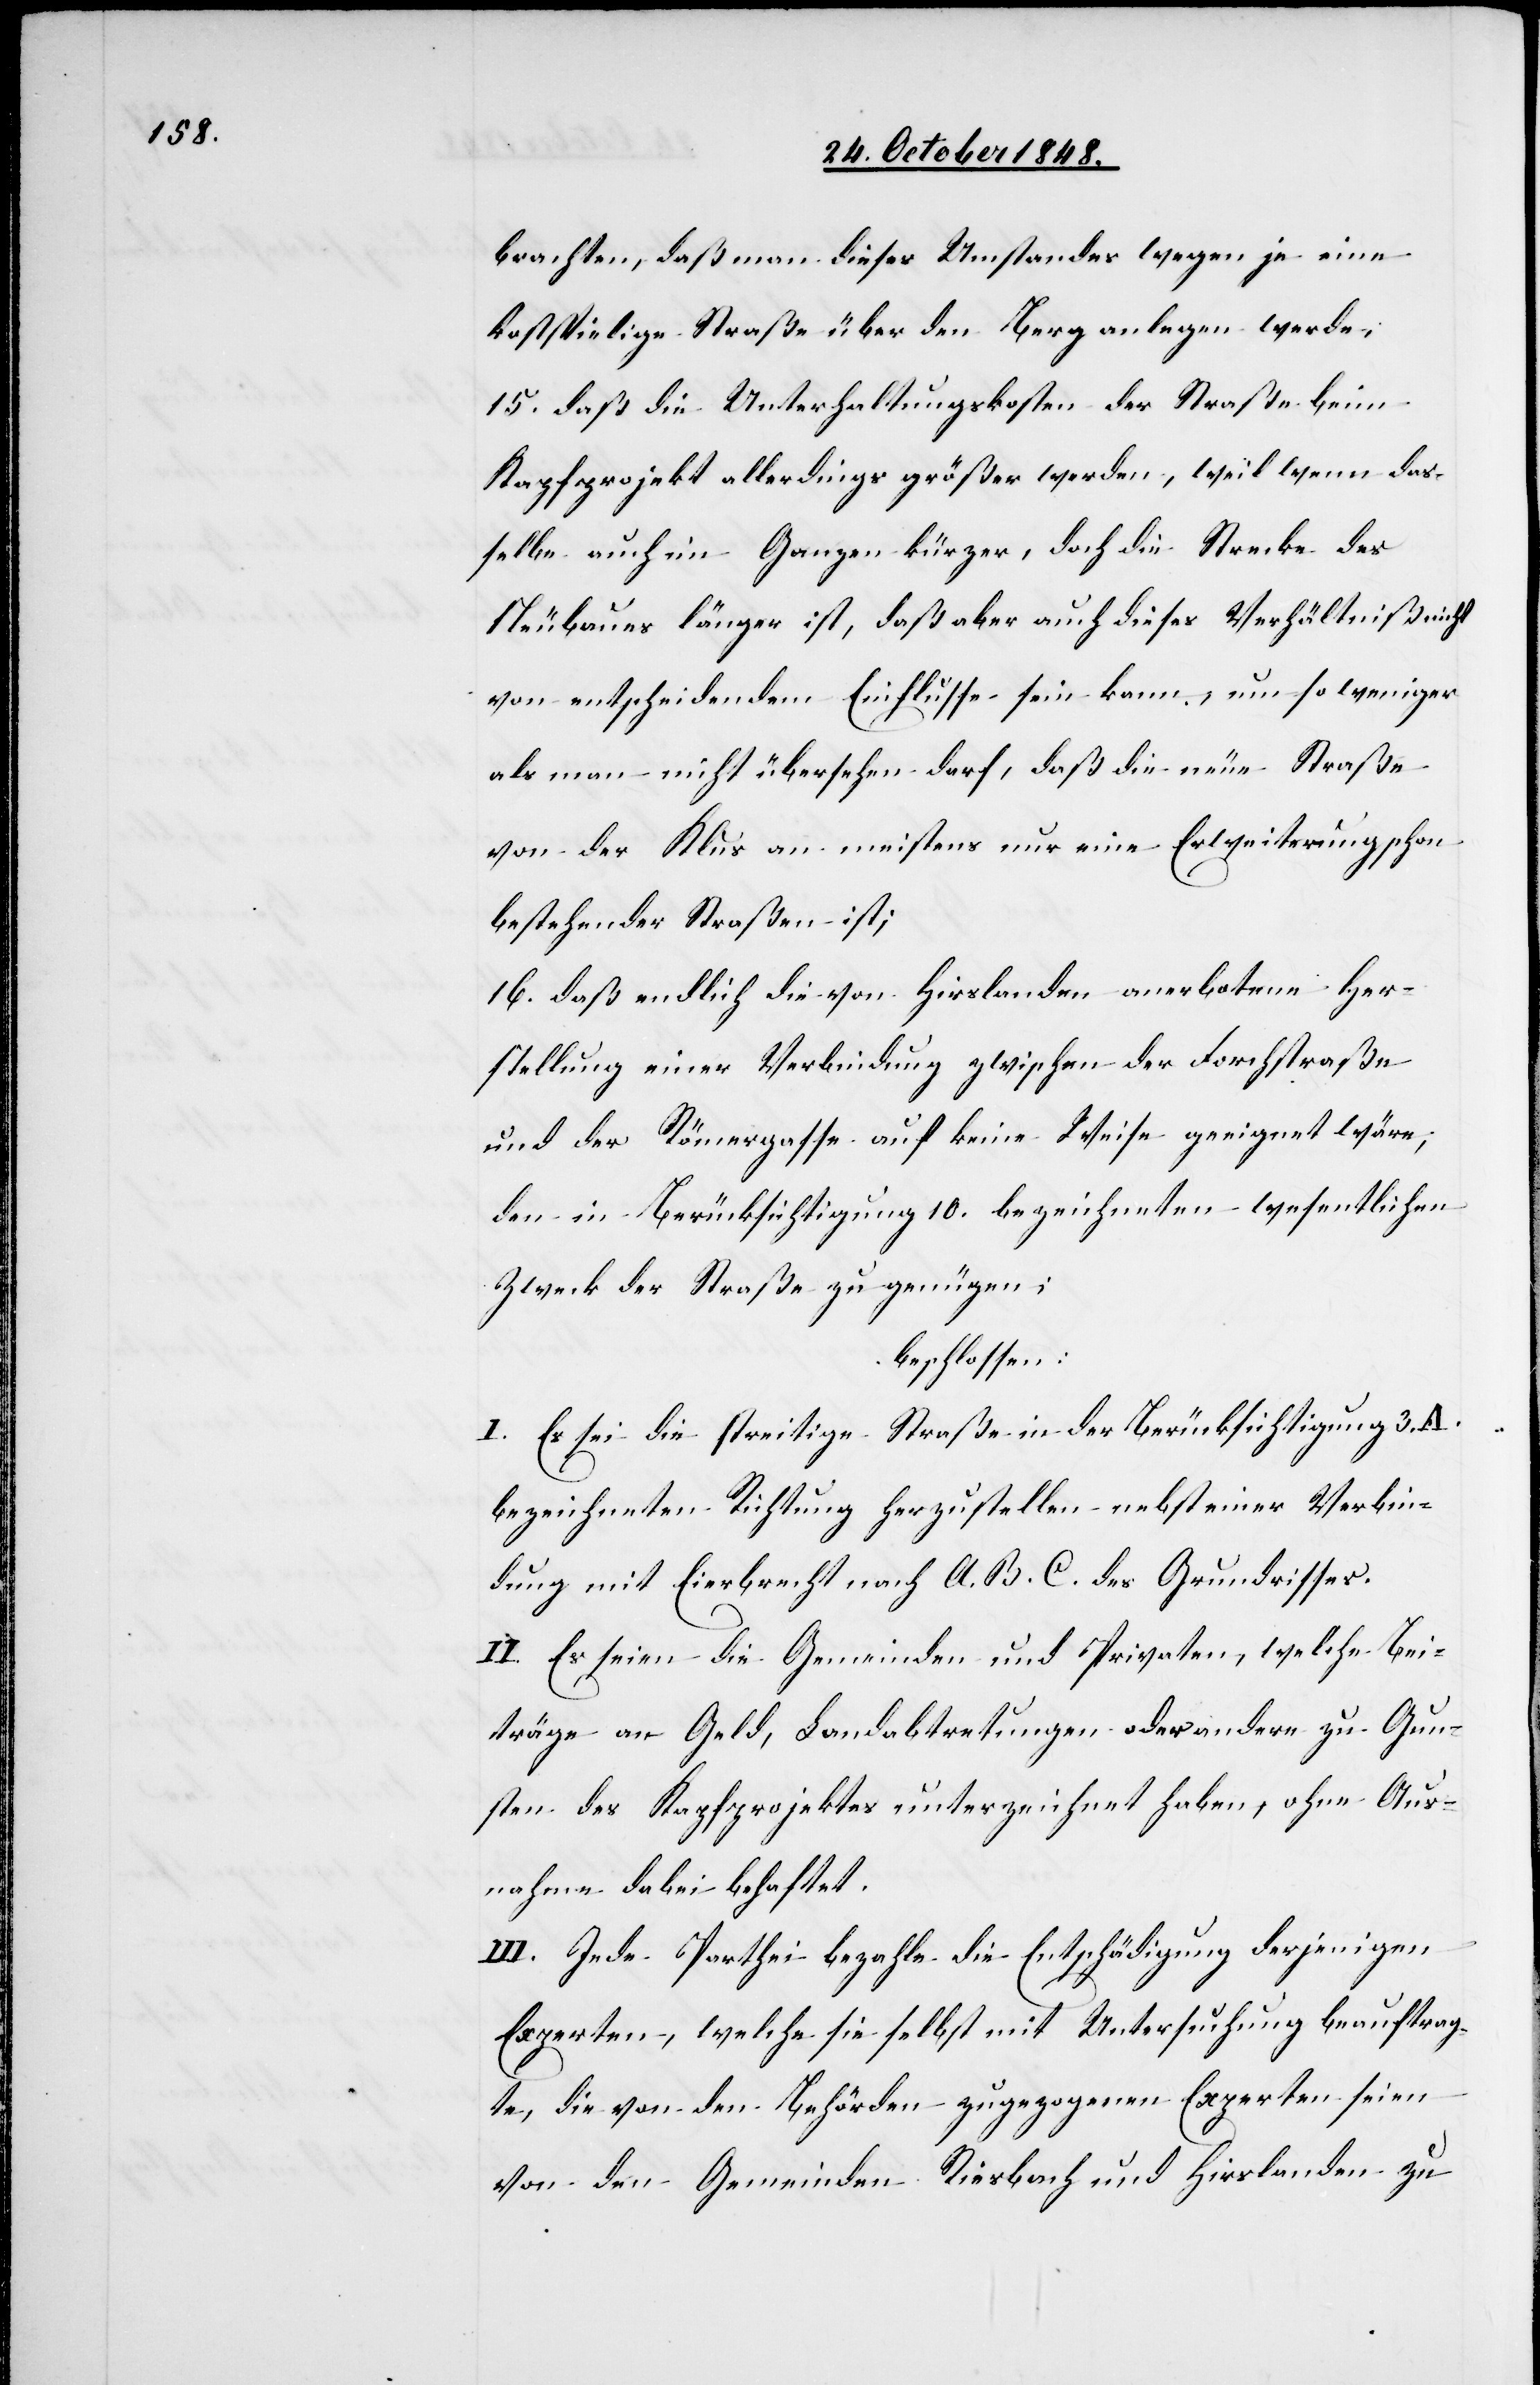
brachten, daß man dieses Umstandes wegen je eine
kostspielige Straße über den Berg anlegen werde;
15. daß die Unterhaltungskosten der Straße beim
Kapfprojekt allerdings größer werden, weil wenn das¬
selbe auch im Ganzen kürzer, doch die Strecke des
Neubaues länger ist, daß aber auch dieses Verhältniß nicht
von entscheidendem Einflusse sein kann, um so weniger
als man nicht übersehen darf, daß die neue Straße
von der Klus an meistens nur eine Erweiterung schon
bestehender Straßen ist;
16. daß endlich die von Hirslanden anerbotene Her¬
stellung einer Verbindung zwischen der Forchstraße
und der Römergasse auf keine Weise geeignet wäre,
den in Berücksichtigung 10. bezeichneten wesentlichen
Zweck der Straße zu genügen.
beschlossen:
I. Es sei die streitige Straße in der Berücksichtigung 3. A.
bezeichneten Richtung herzustellen nebst einer Verbin¬
dung mit Eierbrecht nach A. B. C. des Grundrisses.
II. Es seien die Gemeinden und Privaten, welche Bei¬
träge an Geld, Landabtretungen oder andere zu Gun¬
sten des Kapfprojektes unterzeichnet haben, ohne Aus¬
nahme dabei behaftet.
III. Jede Parthei bezahle die Entschädigung derjenigen
Experten, welche sie selbst mit Untersuchung beauftrag¬
te, die von den Behörden zugezogenen Experten seien
von den Gemeinden Riesbach und Hirslanden zu